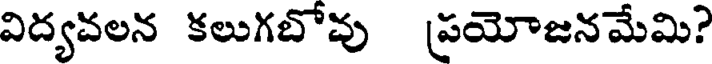
విద్యవలన కలుగబోవు ప్రయోజనమేమి?